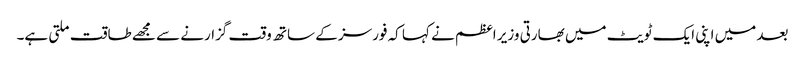
بعد میں اپنی ایک ٹویٹ میں بھارتی وزیر اعظم نے کہا کہ فورسز کے ساتھ وقت گزارنے سے مجھے طاقت ملتی ہے۔